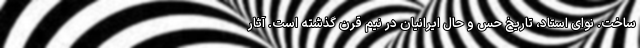
ساخت. نوای استاد، تاریخ حسّ و حال ایرانیان در نیم قرن گذشته است. آثار